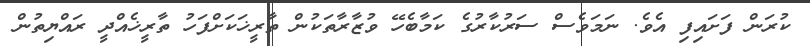
ކުރަން ފަށައިފި އެވެ. ނަމަވެސް ސަރުކާރުގެ ކަމާބެހޭ ވުޒާރާތަކުން ތާރީޚަކަށްފަހު ތާރީޚެއްދީ ރައްޔިތުން